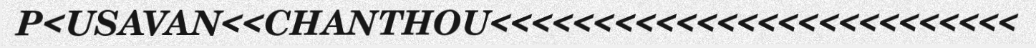
P<USAVAN<<CHANTHOU<<<<<<<<<<<<<<<<<<<<<<<<<<